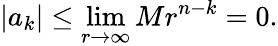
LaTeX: |a_{k}|\leq\operatorname*{lim}_{r\to\infty}Mr^{n-k}=0.